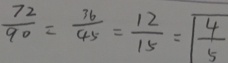
\frac { 7 2 } { 9 0 } = \frac { 7 6 } { 4 5 } = \frac { 1 2 } { 1 5 } = \boxed { \frac { 4 } { 5 } }